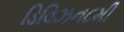
ડિવિઝન૮મી